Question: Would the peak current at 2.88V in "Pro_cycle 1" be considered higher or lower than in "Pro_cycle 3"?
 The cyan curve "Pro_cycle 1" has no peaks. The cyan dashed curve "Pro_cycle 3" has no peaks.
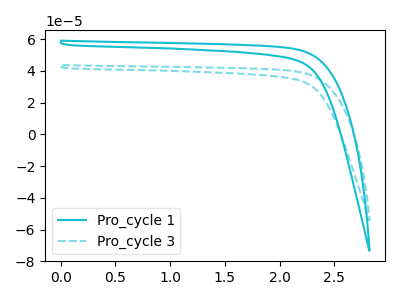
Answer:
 <answer>"Pro_cycle 1" and "Pro_cycle 3" dont share a peak at 2.88V.</answer>
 <eval>mismatch</eval>